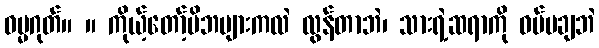
ဓမ္မဂုတ်။ ။ ကိုယ့်တော့်မိဘများကလဲ လွန်တာဘဲ၊ သားရဲ့ဆရာကို ဝပ်မချဘဲ